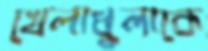
খেলাধুলাকে